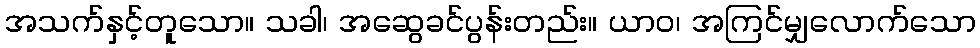
အသက်နှင့်တူသော။ သခါ၊ အဆွေခင်ပွန်းတည်း။ ယာဝ၊ အကြင်မျှလောက်သော